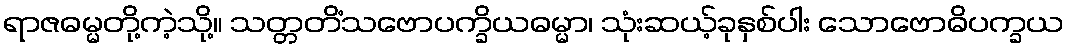
ရာဇဓမ္မတို့ကဲ့သို့။ သတ္တတိံသဗောပက္ခိယဓမ္မာ၊ သုံးဆယ့်ခုနှစ်ပါး သောဗောဓိပက္ခယ